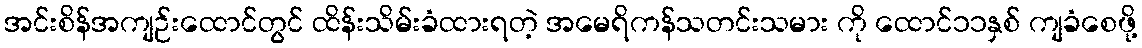
အင်းစိန်အကျဉ်းထောင်တွင် ထိန်းသိမ်းခံထားရတဲ့ အမေရိကန်သတင်းသမား ကို ထောင်၁၁နှစ် ကျခံစေဖို့